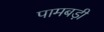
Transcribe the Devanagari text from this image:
पामबड़ी